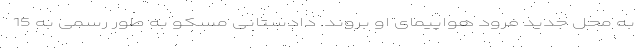
به محل جدید فرود هواپیمای او بروند. دادستانی مسکو به طور رسمی به 15